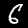
Label: 6